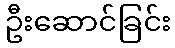
ဦးဆောင်ခြင်း